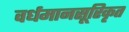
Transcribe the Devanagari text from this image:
वर्धमानसूरिकृत